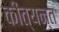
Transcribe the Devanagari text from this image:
कीत्यन्त